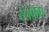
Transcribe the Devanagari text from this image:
रतकप